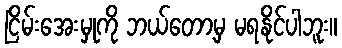
ငြိမ်းအေးမှုကို ဘယ်တော့မှ မရနိုင်ပါဘူး။